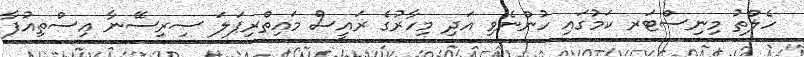
ހެލްތު މިނިސްޓަރ ކަމުގައި ހުންނެވި އަދި މިހާރުގެ ރައީސް މައިތްރިޕަލަ ސިރިސޭނާ އިސްތިއުފާ